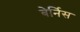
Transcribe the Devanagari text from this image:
बेर्निस